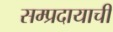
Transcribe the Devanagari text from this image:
सम्प्रदायाची